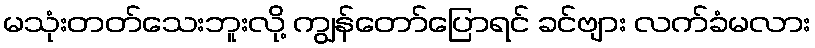
မသုံးတတ်သေးဘူးလို့ ကျွန်တော်ပြောရင် ခင်ဗျား လက်ခံမလား